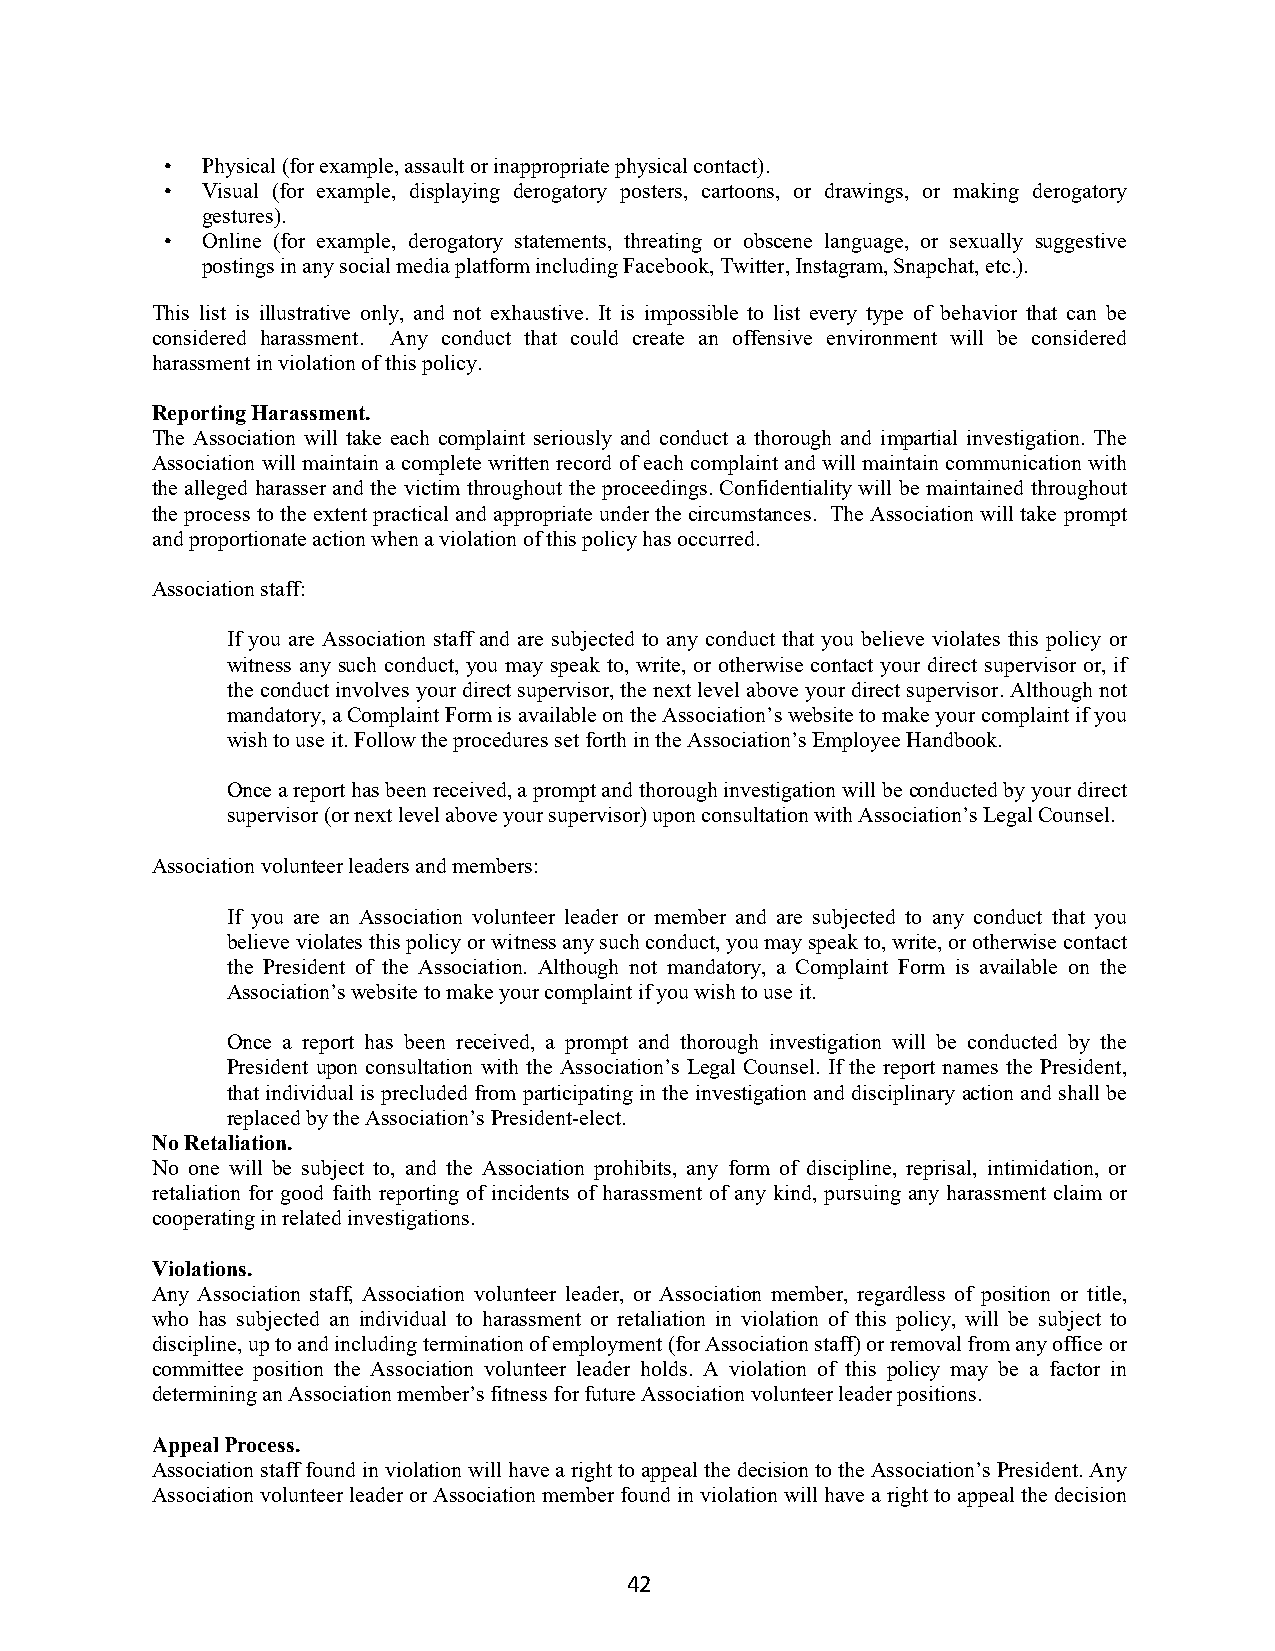
• Physical (for example, assault or inappropriate physical contact).
 • Visual (for example, displaying derogatory posters, cartoons, or drawings, or making derogatory
 gestures).
 • Online (for example, derogatory statements, threating or obscene language, or sexually suggestive
 postings in any social media platform including Facebook, Twitter, Instagram, Snapchat, etc.).
 This list is illustrative only, and not exhaustive. It is impossible to list every type of behavior that can be
 considered harassment. Any conduct that could create an offensive environment will be considered
 harassment in violation of this policy.
 Reporting Harassment.
 The Association will take each complaint seriously and conduct a thorough and impartial investigation. The
 Association will maintain a complete written record of each complaint and will maintain communication with
 the alleged harasser and the victim throughout the proceedings. Confidentiality will be maintained throughout
 the process to the extent practical and appropriate under the circumstances. The Association will take prompt
 and proportionate action when a violation of this policy has occurred.
 Association staff:
 If you are Association staff and are subjected to any conduct that you believe violates this policy or
 witness any such conduct, you may speak to, write, or otherwise contact your direct supervisor or, if
 the conduct involves your direct supervisor, the next level above your direct supervisor. Although not
 mandatory, a Complaint Form is available on the Association’s website to make your complaint if you
 wish to use it. Follow the procedures set forth in the Association’s Employee Handbook.
 Once a report has been received, a prompt and thorough investigation will be conducted by your direct
 supervisor (or next level above your supervisor) upon consultation with Association’s Legal Counsel.
 Association volunteer leaders and members:
 If you are an Association volunteer leader or member and are subjected to any conduct that you
 believe violates this policy or witness any such conduct, you may speak to, write, or otherwise contact
 the President of the Association. Although not mandatory, a Complaint Form is available on the
 Association’s website to make your complaint if you wish to use it.
 Once a report has been received, a prompt and thorough investigation will be conducted by the
 President upon consultation with the Association’s Legal Counsel. If the report names the President,
 that individual is precluded from participating in the investigation and disciplinary action and shall be
 replaced by the Association’s President-elect.
 No Retaliation.
 No one will be subject to, and the Association prohibits, any form of discipline, reprisal, intimidation, or
 retaliation for good faith reporting of incidents of harassment of any kind, pursuing any harassment claim or
 cooperating in related investigations.
 Violations.
 Any Association staff, Association volunteer leader, or Association member, regardless of position or title,
 who has subjected an individual to harassment or retaliation in violation of this policy, will be subject to
 discipline, up to and including termination of employment (for Association staff) or removal from any office or
 committee position the Association volunteer leader holds. A violation of this policy may be a factor in
 determining an Association member’s fitness for future Association volunteer leader positions.
 Appeal Process.
 Association staff found in violation will have a right to appeal the decision to the Association’s President. Any
 Association volunteer leader or Association member found in violation will have a right to appeal the decision
 42